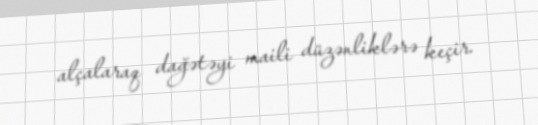
alçalaraq dağətəyi maili düzənliklərə keçir.